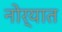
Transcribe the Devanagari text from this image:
नोर्यात